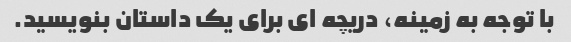
با توجه به زمینه، دریچه ای برای یک داستان بنویسید.